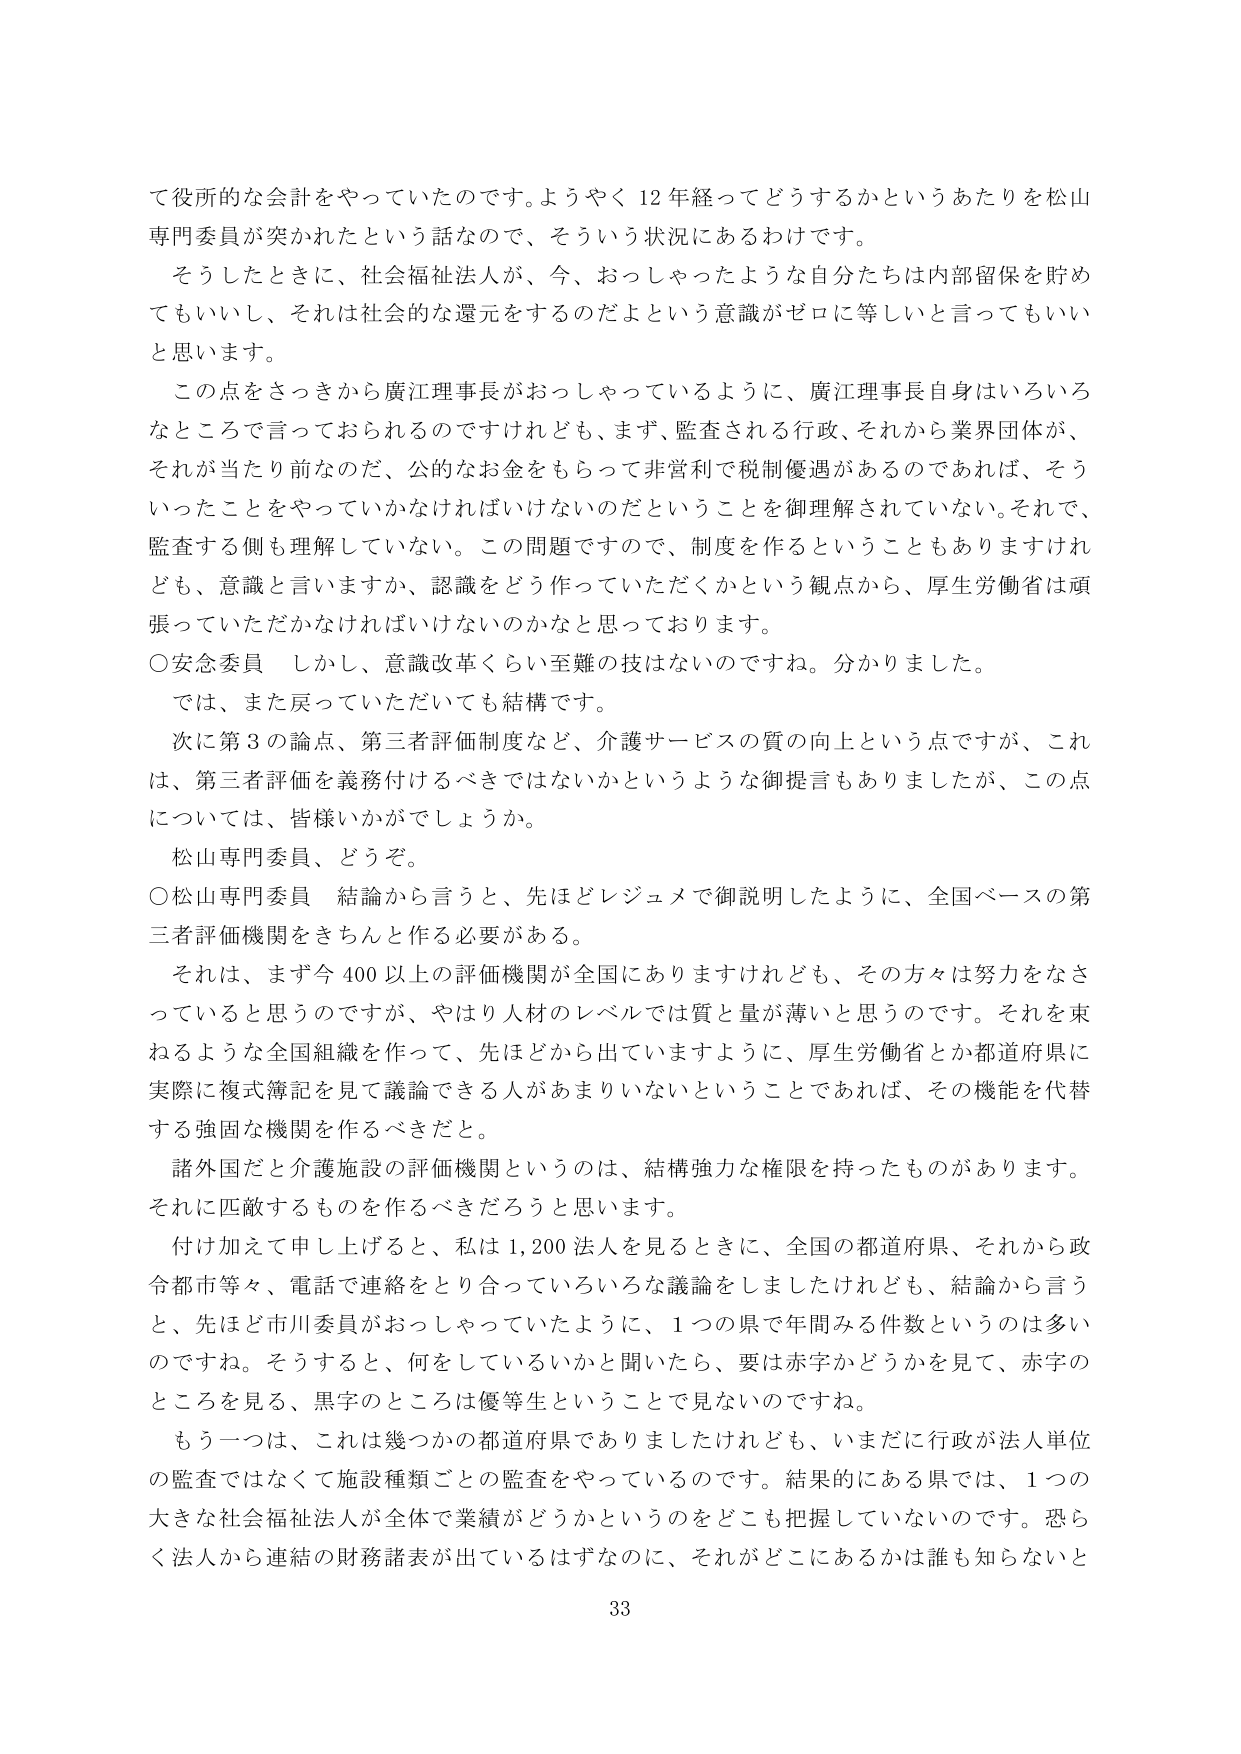
て役所的な会計をやっていたのです。ようやく12年経ってどうするかというあたりを松山専門委員が突かれたという話なので、そういう状況にあるわけです。

そうしたときに、社会福祉法人が、今、おっしゃったような自分たちは内部留保を貯めてもいいし、それは社会的な還元をするのだよという意識がゼロに等しいと言ってもいいと思います。

この点をさっきから廣江理事長がおっしゃっているように、廣江理事長自身はいろいろなところで言っておられるのですけれども、まず、監査される行政、それから業界団体が、それが当たり前なのだ、公的なお金ももらって非営利で税制優遇があるのであれば、そういったことをやっていかなければならないのだということを御理解されていない。それで、監査する側も理解していない。この問題ですので、制度を作るということもありますけれども、意識と言いますか、認識をどう作っていただくかという観点から、厚生労働省は頑張っていただかなければならないのかなと思っております。

○安念委員　しかし、意識改革くらい至難の技はないのですね。分かりました。

では、また戻っていただいても結構です。

次に第3の論点、第三者評価制度など、介護サービスの質の向上という点ですが、これは、第三者評価を義務付けるべきではないかというような御提言もありましたが、この点については、皆様いかがでしょうか。

松山専門委員、どうぞ。

○松山専門委員　結論から言うと、先ほどレジュメで御説明したように、全国ベースの第三者評価機関をきちんと作る必要がある。

それは、まず今400以上の評価機関が全国にありますけれども、その方々は努力をなさっていると思うのですが、やはり人材のレベルでは質と量が薄いと思うのです。それを束ねるような全国組織を作って、先ほどから出ていますように、厚生労働省とか都道府県に実際に複式簿記を見て議論できる人があまりいないということであれば、その機能を代替する強固な機関を作るべきだと。

諸外国だと介護施設の評価機関というのは、結構強力な権限を持ったものがあります。それに匹敵するものを作るべきだろうと思います。

付け加えて申し上げると、私は1,200法人を見るときに、全国の都道府県、それから政令都市等々、電話で連絡をとり合っていろいろな議論をしましたけれども、結論から言うと、先ほど市川委員がおっしゃっていたように、1つの県で年間みる件数というのは多いのですね。そうすると、何をしているかと聞いたら、要は赤字かどうかを見て、赤字のところを見る、黒字のところは優等生ということで見ないのですね。

もう一つは、これは幾つかの都道府県でありましたけれども、いまだに行政が法人単位の監査ではなくて施設種類ごとの監査をやっているのです。結果的にある県では、1つの大きな社会福祉法人が全体で業績がどうかというのをどこも把握していないのです。恐らく法人から連結の財務諸表が出ているはずなのに、それがどこにあるかは誰も知らないと

33